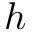
h